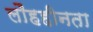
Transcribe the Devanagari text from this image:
लौहहीनता